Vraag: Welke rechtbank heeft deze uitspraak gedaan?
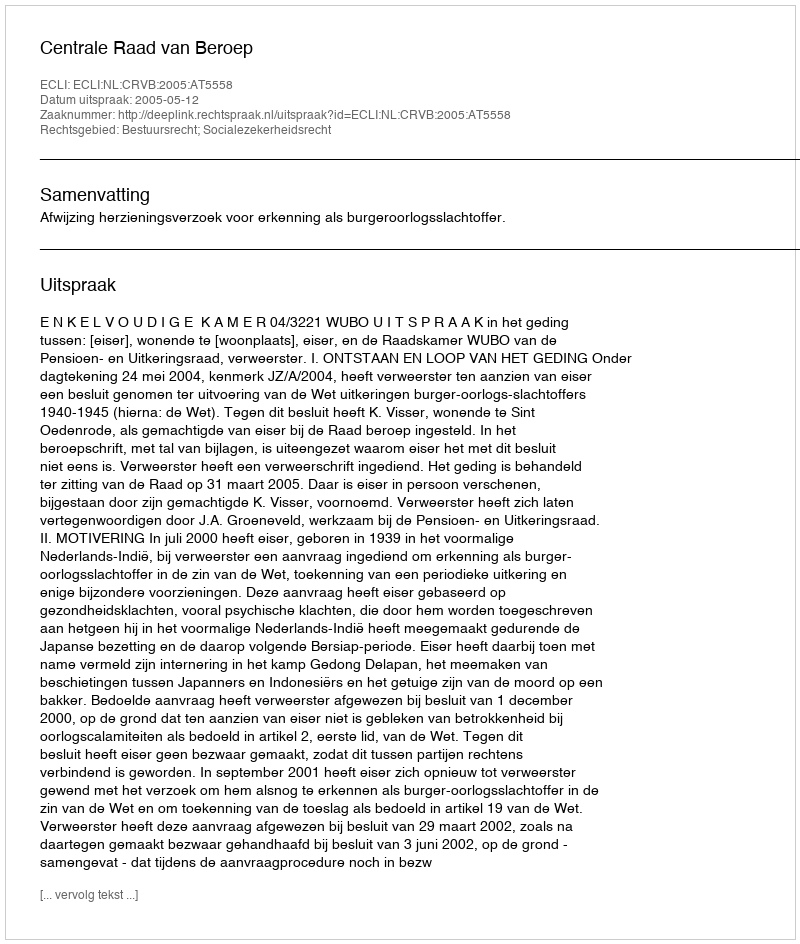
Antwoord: Centrale Raad van Beroep